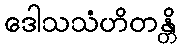
ဒေါသသံဟိတန္တိ